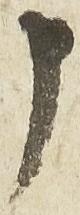
申